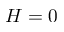
H = 0